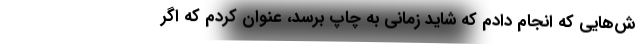
ش‌هایی که انجام دادم که شاید زمانی به چاپ برسد، عنوان کردم که اگر